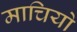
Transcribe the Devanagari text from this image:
माचियो